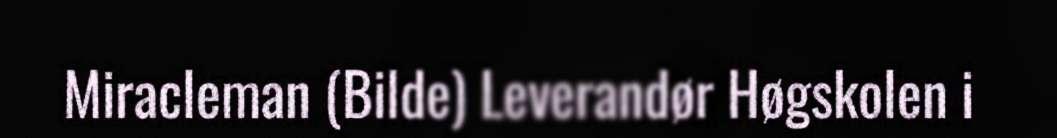
Miracleman (Bilde) Leverandør Høgskolen i